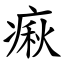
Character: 㾭